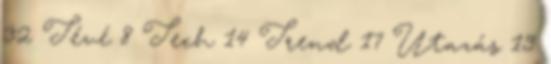
32 Tévé 8 Tech 14 Trend 17 Utazás 19